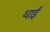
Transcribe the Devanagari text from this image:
थाईं